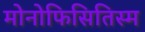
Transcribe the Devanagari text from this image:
मोनोफिसितिस्म